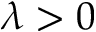
\lambda > 0